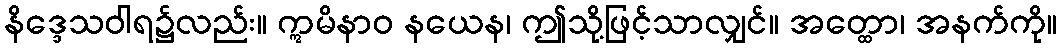
နိဒ္ဒေသဝါရ၌လည်း။ ဣမိနာဝ နယေန၊ ဤသို့ဖြင့်သာလျှင်။ အတ္ထော၊ အနက်ကို။